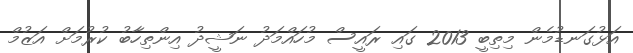
އަޅުގަނޑުމެން މިތިބީ 2013 ގައި ރައީސް މުހައްމަދު ނަޝީދު އިންތިހާބު ކުރުމަށް އަޒުމް